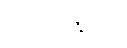
ရေအားလျှပ်စစ်